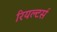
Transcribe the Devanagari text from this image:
रियल्टर्स